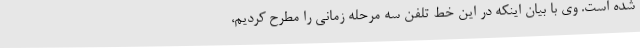
شده است. وی با بیان اینکه در این خط تلفن سه مرحله زمانی را مطرح کردیم،